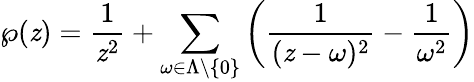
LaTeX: \wp(\mathit{z})={\frac{{1}}{{\mathit{z}^{2}}}}+\sum_{\omega\in\Lambda\setminus\left\{ 0\right\} }\left({\frac{{1}}{{(\mathit{z}-\omega)^{2}}}}-{\frac{{1}}{{\omega^{2}}}}\right)